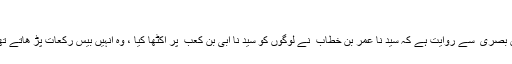
“
حسن بصری ؒ سے روایت ہے کہ سید نا عمر بن خطاب ؓ نے لوگوں کو سید نا ابی بن کعب ؓ پر اکٹھا کیا ، وہ انہیں بیس رکعات پڑ ھاتے تھے ۔